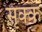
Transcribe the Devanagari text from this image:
सृक्क